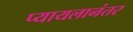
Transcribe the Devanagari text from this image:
प्यायलानंतर